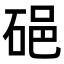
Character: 𥒵